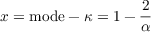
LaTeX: x = { \mathrm { m o d e } } - \kappa = 1 - { \frac { 2 } { \alpha } }